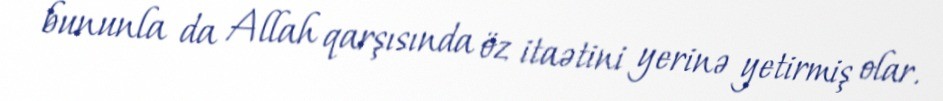
bununla da Allah qarşısında öz itaətini yerinə yetirmiş olar.